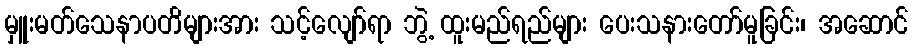
မှူးမတ်သေနာပတိများအား သင့်လျော်ရာ ဘွဲ့ ထူးမည်ရည်များ ပေးသနားတော်မူခြင်း၊ အဆောင်